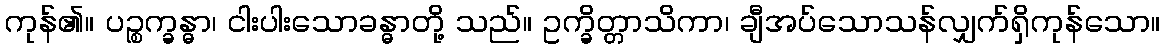
ကုန်၏။ ပဉ္စက္ခန္ဓာ၊ ငါးပါးသောခန္ဓာတို့ သည်။ ဥက္ခိတ္တာသိကာ၊ ချီအပ်သောသန်လျှက်ရှိကုန်သော။